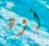
أوه